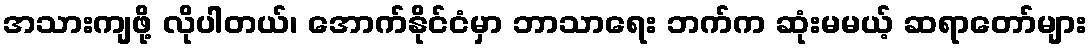
အသားကျဖို့ လိုပါတယ်၊ အောက်နိုင်ငံမှာ ဘာသာရေး ဘက်က ဆုံးမမယ့် ဆရာတော်များ